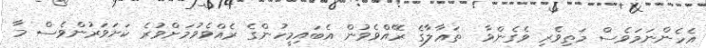
އެހެންނަމަވެސް މަތިވެރި ވެގެންވާ  ތަޢާލާގެ ރޭއްވެވުން އެބައިމީހުންގެ ރެއްވެވުމަށްވުރެ ކަށަވަރުންވެސް މާ